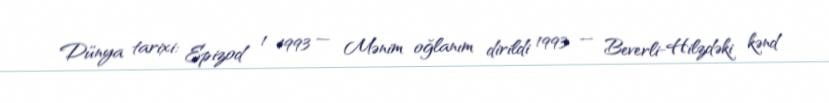
Dünya tarixi: Epizod 1 1993 — Mənim oğlanım dirildi 1993 — Beverli-Hilzdəki kənd